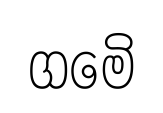
ගමෙි